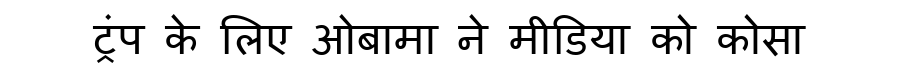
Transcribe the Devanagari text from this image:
ट्रंप के लिए ओबामा ने मीडिया को कोसा